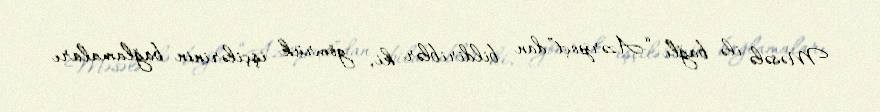
Məsələ ilə bağlı “Azərpoçt”dan bildiriblər ki, gömrük işçilərinin bağlamaları